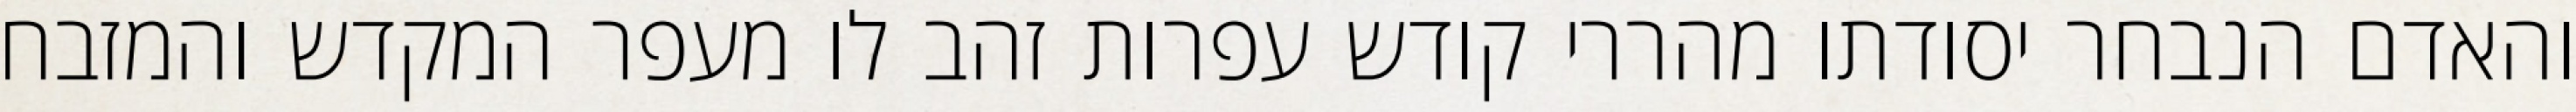
והאדם הנבחר יסודתו מהררי קודש עפרות זהב לו מעפר המקדש והמזבח